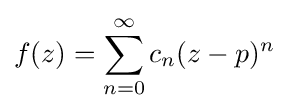
f(z)=\sum _{n=0}^{\infty }c_{n}(z-p)^{n}